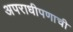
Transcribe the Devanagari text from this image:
अपराधीपणाची